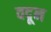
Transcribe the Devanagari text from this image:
वदून